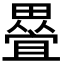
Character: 𭻰